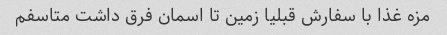
مزه غذا با سفارش قبلیا زمین تا اسمان فرق داشت متاسفم